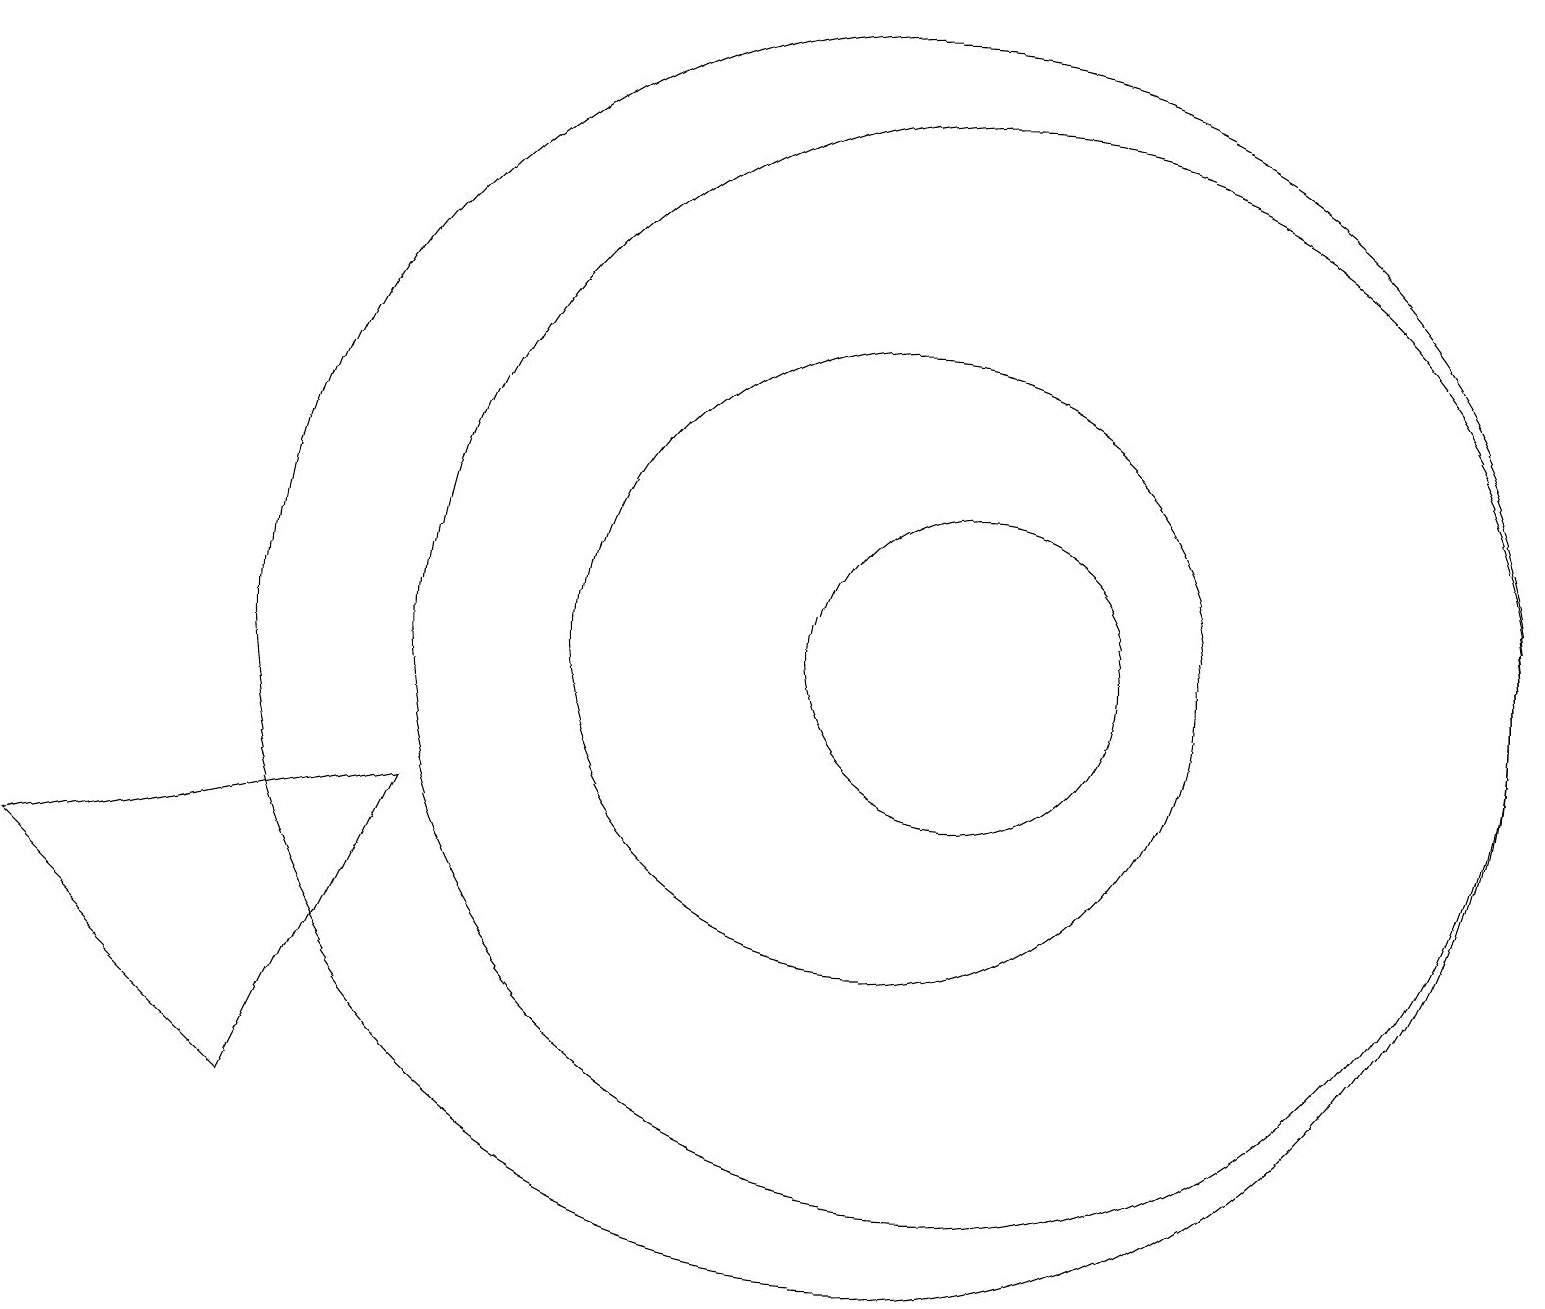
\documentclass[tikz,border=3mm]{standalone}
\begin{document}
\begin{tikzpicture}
\draw (12,10) circle (2);
\draw (12,10) circle (7);
\draw (11,10) circle (8);
\draw (3,4) -- (5,8) -- (0,7) -- cycle;
\draw (11,10) circle (4);
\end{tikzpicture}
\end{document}